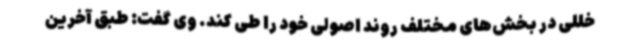
خللی در بخش‌های مختلف روند اصولی خود را طی کند. وی گفت: طبق آخرین